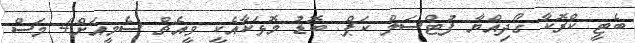
ބެޓީ ކްރޮކާ ގޯދިއްޔާ ފުޓްސަލް ކަޕް: ބޮޑު މޮޅަކާއެކީ ވީއެޗް ސެމީއަށް4 މަސް